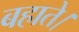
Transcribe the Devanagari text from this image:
बहाते।